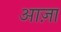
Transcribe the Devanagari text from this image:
आज़ा